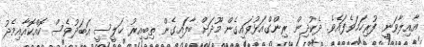
އާއިލާވަނީ ފުރިހަމަވެފައެވެ. ދެކުދިން ރިންގްއަޅުވައިގެން މޫދަށް ބާލައިގެން ތިބިއިރު ޚަލީސީ އަބަދުވެސް ކޮއްކޮއާއިމެދު